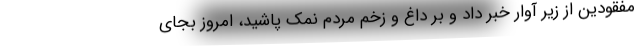
مفقودین از زیر آوار خبر داد و بر داغ و زخم مردم نمک پاشید، امروز بجای